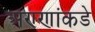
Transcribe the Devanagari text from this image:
अण्णांकडे